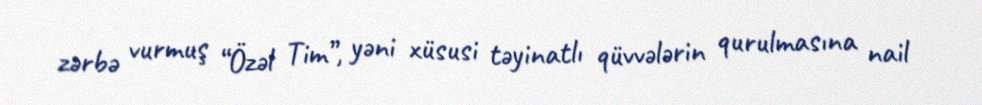
zərbə vurmuş “Özəl Tim”, yəni xüsusi təyinatlı qüvvələrin qurulmasına nail